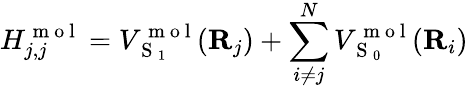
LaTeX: H_{j,j}^{\mathrm{~m~o~l~}}=V_{\mathrm{~S~}_{1}}^{\mathrm{~m~o~l~}}({\mathbf{R}}_{j})+\sum_{i\neq j}^{N}V_{\mathrm{~S~}_{0}}^{\mathrm{~m~o~l~}}({\mathbf{R}}_{i})